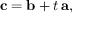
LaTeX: \mathbf { c } = \mathbf { b } + t \, \mathbf { a } ,